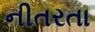
નીતરતા